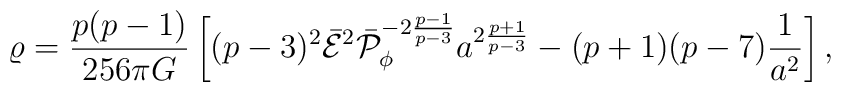
\varrho={{p(p-1)}\over{256\pi G}}\left[(p-3)^2\bar{\cal E}^2\bar{\cal P}^{-2{{p-1}\over{p-3}}}_{\phi}a^{2{{p+1}\over{p-3}}}-(p+1)(p-7){1\over a^2}\right],